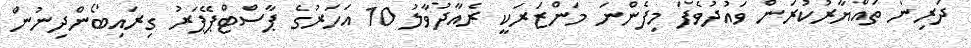
ދަރިން ތައްޔާރުކުރަން ވައުދުވެފަ މިފެންނަ މަންޒަރަކީ ރެއާދުވާލު 10 އަހަރުގެ ޕާސްޓްޕޭޕަރު ގިރައިބޯންދިނުން